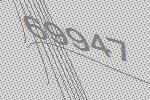
69947